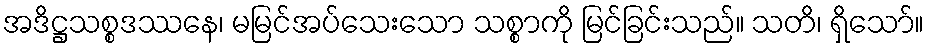
အဒိဋ္ဌသစ္စဒဿနေ၊ မမြင်အပ်သေးသော သစ္စာကို မြင်ခြင်းသည်။ သတိ၊ ရှိသော်။